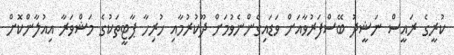
ކުރީގެ ރައީސް ނަޝީދު ބޭސްފަރުވާއަށް ވަޑައިގެންނެވުމަށް ދޫކުރުމާއި ހުރިހާ ޕާޓީތަކުގެ މަޝްވަރާ އިއުލާންކޮށް